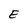
Character: E